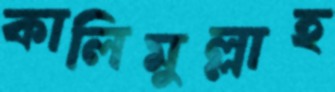
কালিমুল্লাহ